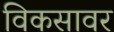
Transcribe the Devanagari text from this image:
विकसावर